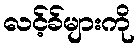
လင့်ခ်များကို